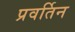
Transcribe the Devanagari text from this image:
प्रवर्तिन